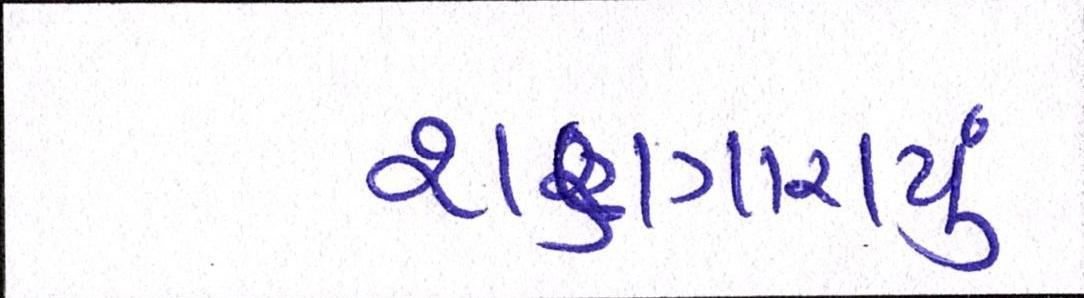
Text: શણગારાયું